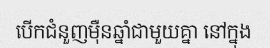
បើកជំនួញម៉ឺនឆ្នាំជាមួយគ្នា នៅក្នុង